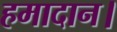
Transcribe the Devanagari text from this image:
हमादान।